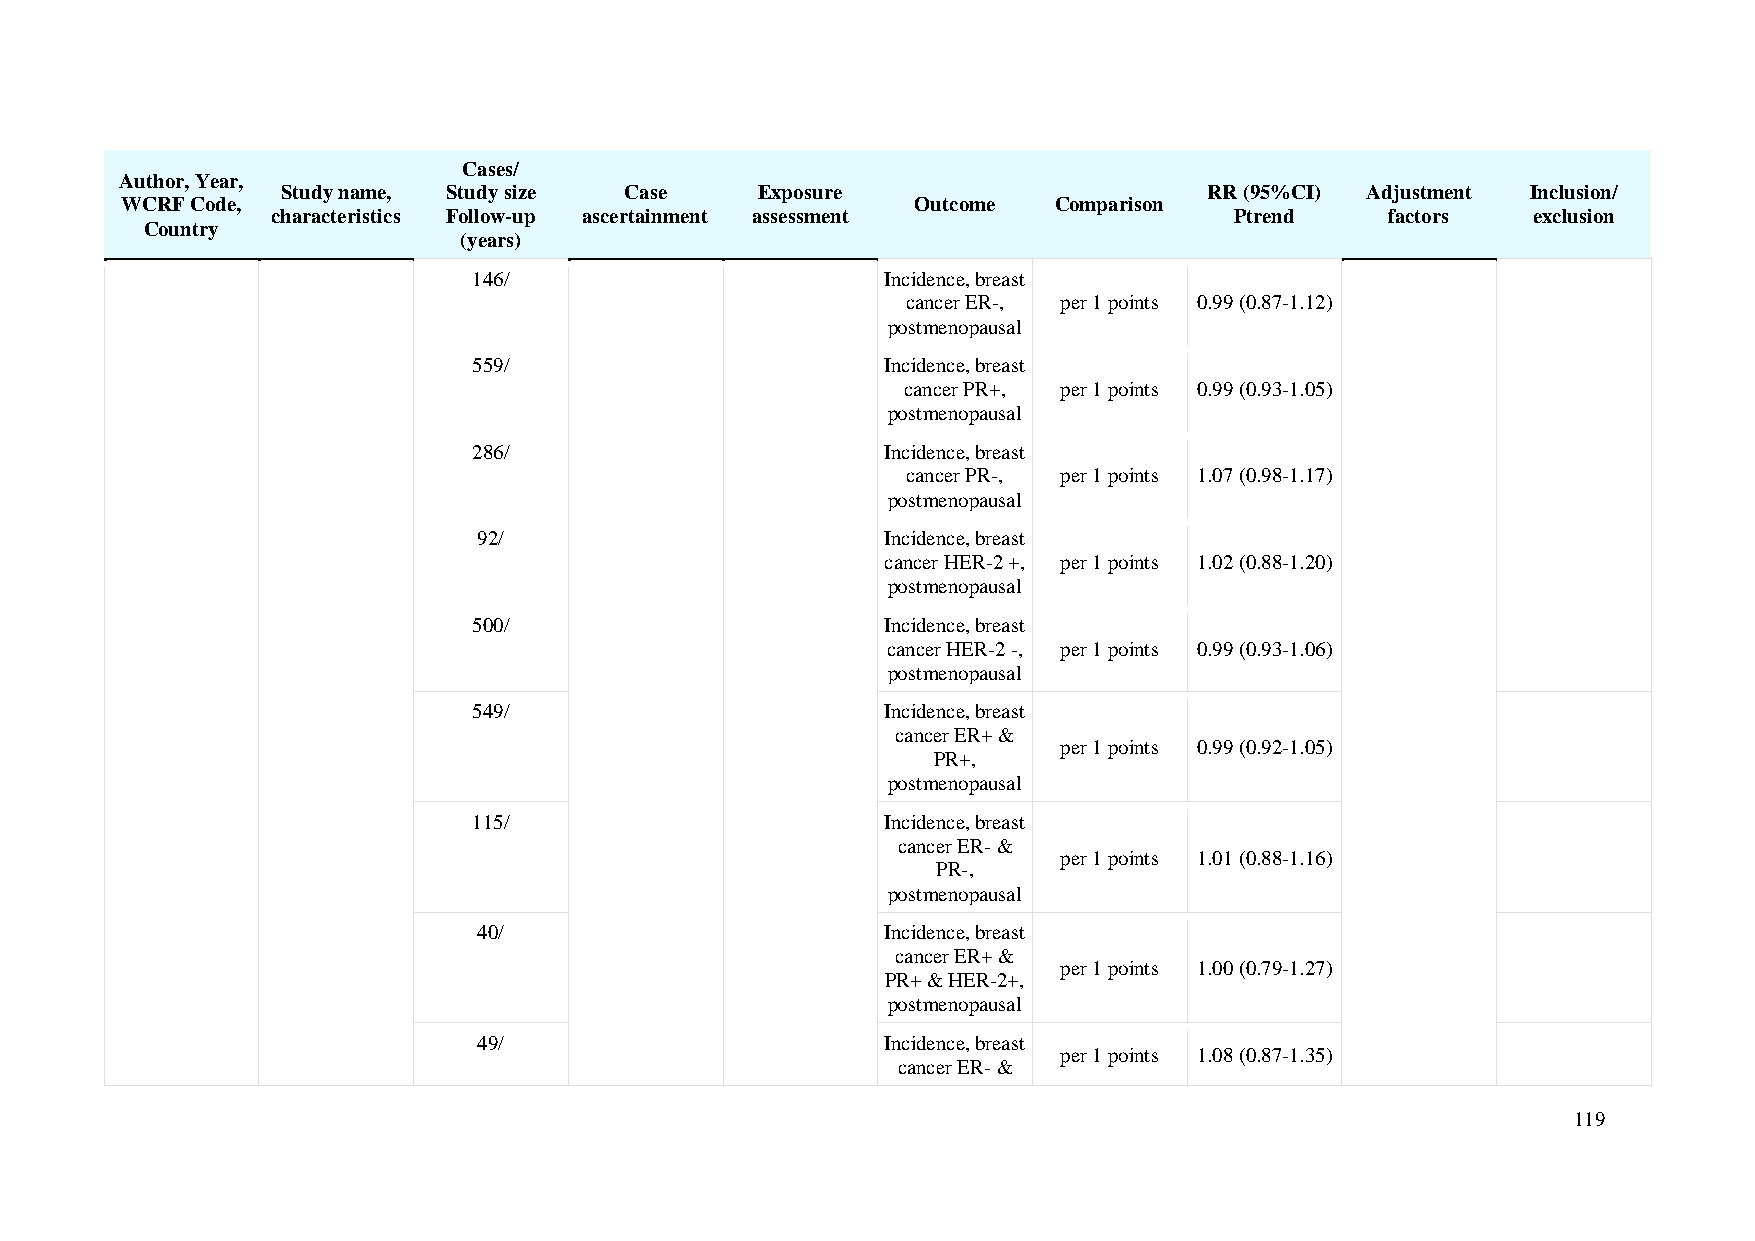
Cases/
 Author, Year,
 Study name, Study size Case    Exposure                      RR (95%CI) Adjustment Inclusion/
 WCRF Code,                                           Outcome  Comparison
 characteristics Follow-up ascertainment assessment              Ptrend    factors  exclusion
 Country
 (years)
 146/                        Incidence, breast
 cancer ER-, per 1 points 0.99 (0.87-1.12)
 postmenopausal
 559/                        Incidence, breast
 cancer PR+, per 1 points 0.99 (0.93-1.05)
 postmenopausal
 286/                        Incidence, breast
 cancer PR-, per 1 points 1.07 (0.98-1.17)
 postmenopausal
 92/                        Incidence, breast
 cancer HER-2 +, per 1 points 1.02 (0.88-1.20)
 postmenopausal
 500/                        Incidence, breast
 cancer HER-2 -, per 1 points 0.99 (0.93-1.06)
 postmenopausal
 549/                        Incidence, breast
 cancer ER+ &
 per 1 points 0.99 (0.92-1.05)
 PR+,
 postmenopausal
 115/                        Incidence, breast
 cancer ER- &
 per 1 points 1.01 (0.88-1.16)
 PR-,
 postmenopausal
 40/                        Incidence, breast
 cancer ER+ &
 per 1 points 1.00 (0.79-1.27)
 PR+ & HER-2+,
 postmenopausal
 49/                        Incidence, breast
 per 1 points 1.08 (0.87-1.35)
 cancer ER- &
 119